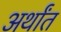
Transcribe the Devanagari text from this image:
अर्थांत